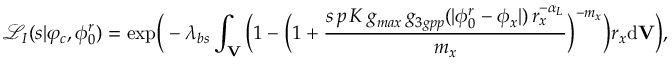
\mathcal { L } _ { I } ( s | \varphi _ { c } , \phi _ { 0 } ^ { r } ) = \mathrm { { e x p } } \Big ( - \lambda _ { b s } \int _ { \mathbf { V } } \Big ( 1 - \Big ( 1 + \frac { s \, p \, K \, g _ { m a x } \, g _ { 3 g p p } ( | \phi _ { 0 } ^ { r } - \phi _ { x } | ) \, r _ { x } ^ { - \alpha _ { L } } } { m _ { x } } \Big ) ^ { - m _ { x } } \Big ) r _ { x } \mathrm { d } \mathbf { V } \Big ) ,